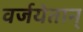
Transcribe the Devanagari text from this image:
वर्जयेतान्